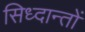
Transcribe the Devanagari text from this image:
सिध्दान्तों